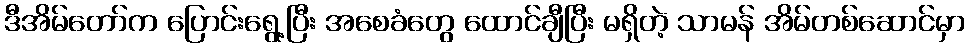
ဒီအိမ်တော်က ပြောင်းရွေ့ပြီး အစေခံတွေ ထောင်ချီပြီး မရှိတဲ့ သာမန် အိမ်တစ်ဆောင်မှာ